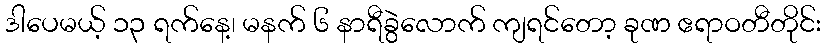
ဒါပေမယ့် ၁၃ ရက်နေ့၊ မနက် ၆ နာရီခွဲလောက် ကျရင်တော့ ခုဏ ဧရာဝတီတိုင်း